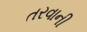
તરવાની